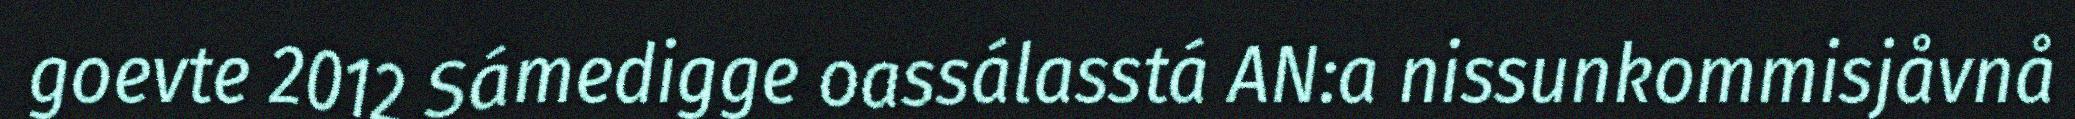
goevte 2012 Sámedigge oassálasstá AN:a nissunkommisjåvnå